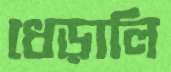
ধেড়ালি